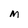
Character: M